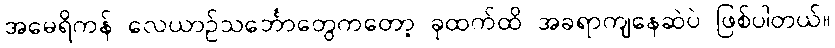
အမေရိကန် လေယာဥ်သင်္ဘောတွေကတော့ ခုထက်ထိ အခရာကျနေဆဲပဲ ဖြစ်ပါတယ်။